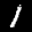
Label: 1